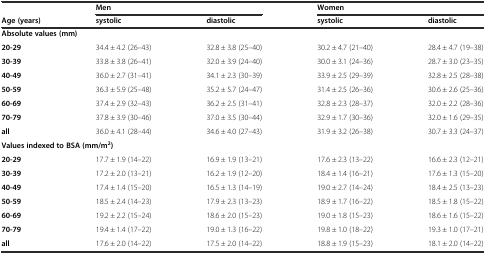
<table><thead><tr><td></td><td colspan="2"><b>Men</b></td><td colspan="2"><b>Women</b></td></tr><tr><td><b>Age (years)</b></td><td><b>systolic</b></td><td><b>diastolic</b></td><td><b>systolic</b></td><td><b>diastolic</b></td></tr></thead><tbody><tr><td colspan="5"><b>Absolute values (mm)</b></td></tr><tr><td><b>20-29</b></td><td>34.4 ± 4.2 (26–43)</td><td>32.8 ± 3.8 (25–40)</td><td>30.2 ± 4.7 (21–40)</td><td>28.4 ± 4.7 (19–38)</td></tr><tr><td><b>30-39</b></td><td>33.8 ± 3.8 (26–41)</td><td>32.0 ± 3.9 (24–40)</td><td>30.0 ± 3.1 (24–36)</td><td>28.7 ± 3.0 (23–35)</td></tr><tr><td><b>40-49</b></td><td>36.0 ± 2.7 (31–41)</td><td>34.1 ± 2.3 (30–39)</td><td>33.9 ± 2.5 (29–39)</td><td>32.8 ± 2.5 (28–38)</td></tr><tr><td><b>50-59</b></td><td>36.3 ± 5.9 (25–48)</td><td>35.2 ± 5.7 (24–47)</td><td>31.4 ± 2.5 (26–36)</td><td>30.6 ± 2.6 (25–36)</td></tr><tr><td><b>60-69</b></td><td>37.4 ± 2.9 (32–43)</td><td>36.2 ± 2.5 (31–41)</td><td>32.8 ± 2.3 (28–37)</td><td>32.0 ± 2.2 (28–36)</td></tr><tr><td><b>70-79</b></td><td>37.8 ± 3.9 (30–46)</td><td>37.0 ± 3.5 (30–44)</td><td>32.9 ± 1.7 (30–36)</td><td>32.0 ± 1.6 (29–35)</td></tr><tr><td><b>all</b></td><td>36.0 ± 4.1 (28–44)</td><td>34.6 ± 4.0 (27–43)</td><td>31.9 ± 3.2 (26–38)</td><td>30.7 ± 3.3 (24–37)</td></tr><tr><td colspan="5"><b>Values indexed to BSA (mm/m</b><sup><b>2</b></sup><b>)</b></td></tr><tr><td><b>20-29</b></td><td>17.7 ± 1.9 (14–22)</td><td>16.9 ± 1.9 (13–21)</td><td>17.6 ± 2.3 (13–22)</td><td>16.6 ± 2.3 (12–21)</td></tr><tr><td><b>30-39</b></td><td>17.2 ± 2.0 (13–21)</td><td>16.2 ± 1.9 (12–20)</td><td>18.4 ± 1.4 (16–21)</td><td>17.6 ± 1.3 (15–20)</td></tr><tr><td><b>40-49</b></td><td>17.4 ± 1.4 (15–20)</td><td>16.5 ± 1.3 (14–19)</td><td>19.0 ± 2.7 (14–24)</td><td>18.4 ± 2.5 (13–23)</td></tr><tr><td><b>50-59</b></td><td>18.5 ± 2.4 (14–23)</td><td>17.9 ± 2.3 (13–23)</td><td>18.9 ± 1.7 (16–22)</td><td>18.5 ± 1.8 (15–22)</td></tr><tr><td><b>60-69</b></td><td>19.2 ± 2.2 (15–24)</td><td>18.6 ± 2.0 (15–23)</td><td>19.0 ± 1.8 (15–23)</td><td>18.6 ± 1.6 (15–22)</td></tr><tr><td><b>70-79</b></td><td>19.4 ± 1.4 (17–22)</td><td>19.0 ± 1.3 (16–22)</td><td>19.8 ± 1.0 (18–22)</td><td>19.3 ± 1.0 (17–21)</td></tr><tr><td><b>all</b></td><td>17.6 ± 2.0 (14–22)</td><td>17.5 ± 2.0 (14–22)</td><td>18.8 ± 1.9 (15–23)</td><td>18.1 ± 2.0 (14–22)</td></tr></tbody></table>